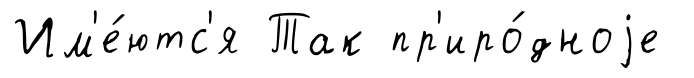
Им'е́ютс'я Так пр'иро́дноjе